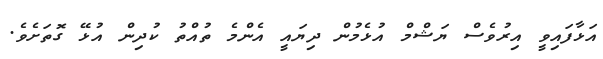
އަޅާފައިވީ އިރުވެސް ޔަޝްމް އުޅެމުން ދިޔައީ އެންމެ ތުއްތު ކުދިން އުޅޭ ގޮތަށެވެ.